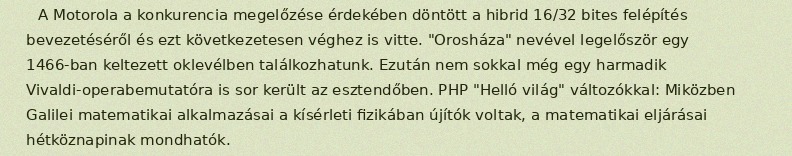
A Motorola a konkurencia megelőzése érdekében döntött a hibrid 16/32 bites felépítés bevezetéséről és ezt következetesen véghez is vitte. "Orosháza" nevével legelőször egy 1466-ban keltezett oklevélben találkozhatunk. Ezután nem sokkal még egy harmadik Vivaldi-operabemutatóra is sor került az esztendőben. PHP "Helló világ" változókkal: Miközben Galilei matematikai alkalmazásai a kísérleti fizikában újítók voltak, a matematikai eljárásai hétköznapinak mondhatók.